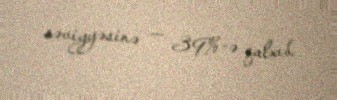
səviyyəsinə — 39%-ə qalxıb.